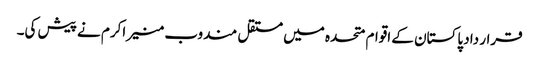
قرار داد پاکستان کے اقوام متحدہ میں مستقل مندوب منیر اکرم نے پیش کی۔